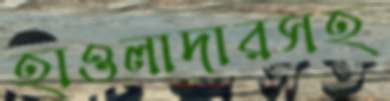
হাওলাদারসহ